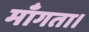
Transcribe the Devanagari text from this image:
माँगता।